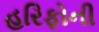
હરિફોની